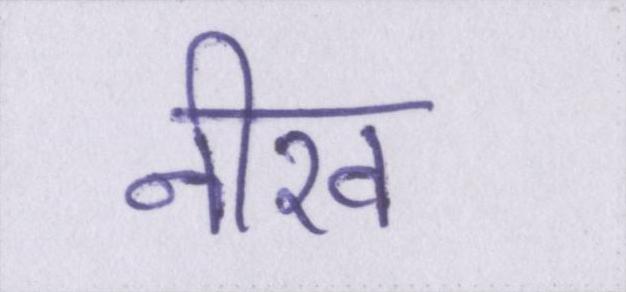
नीरव